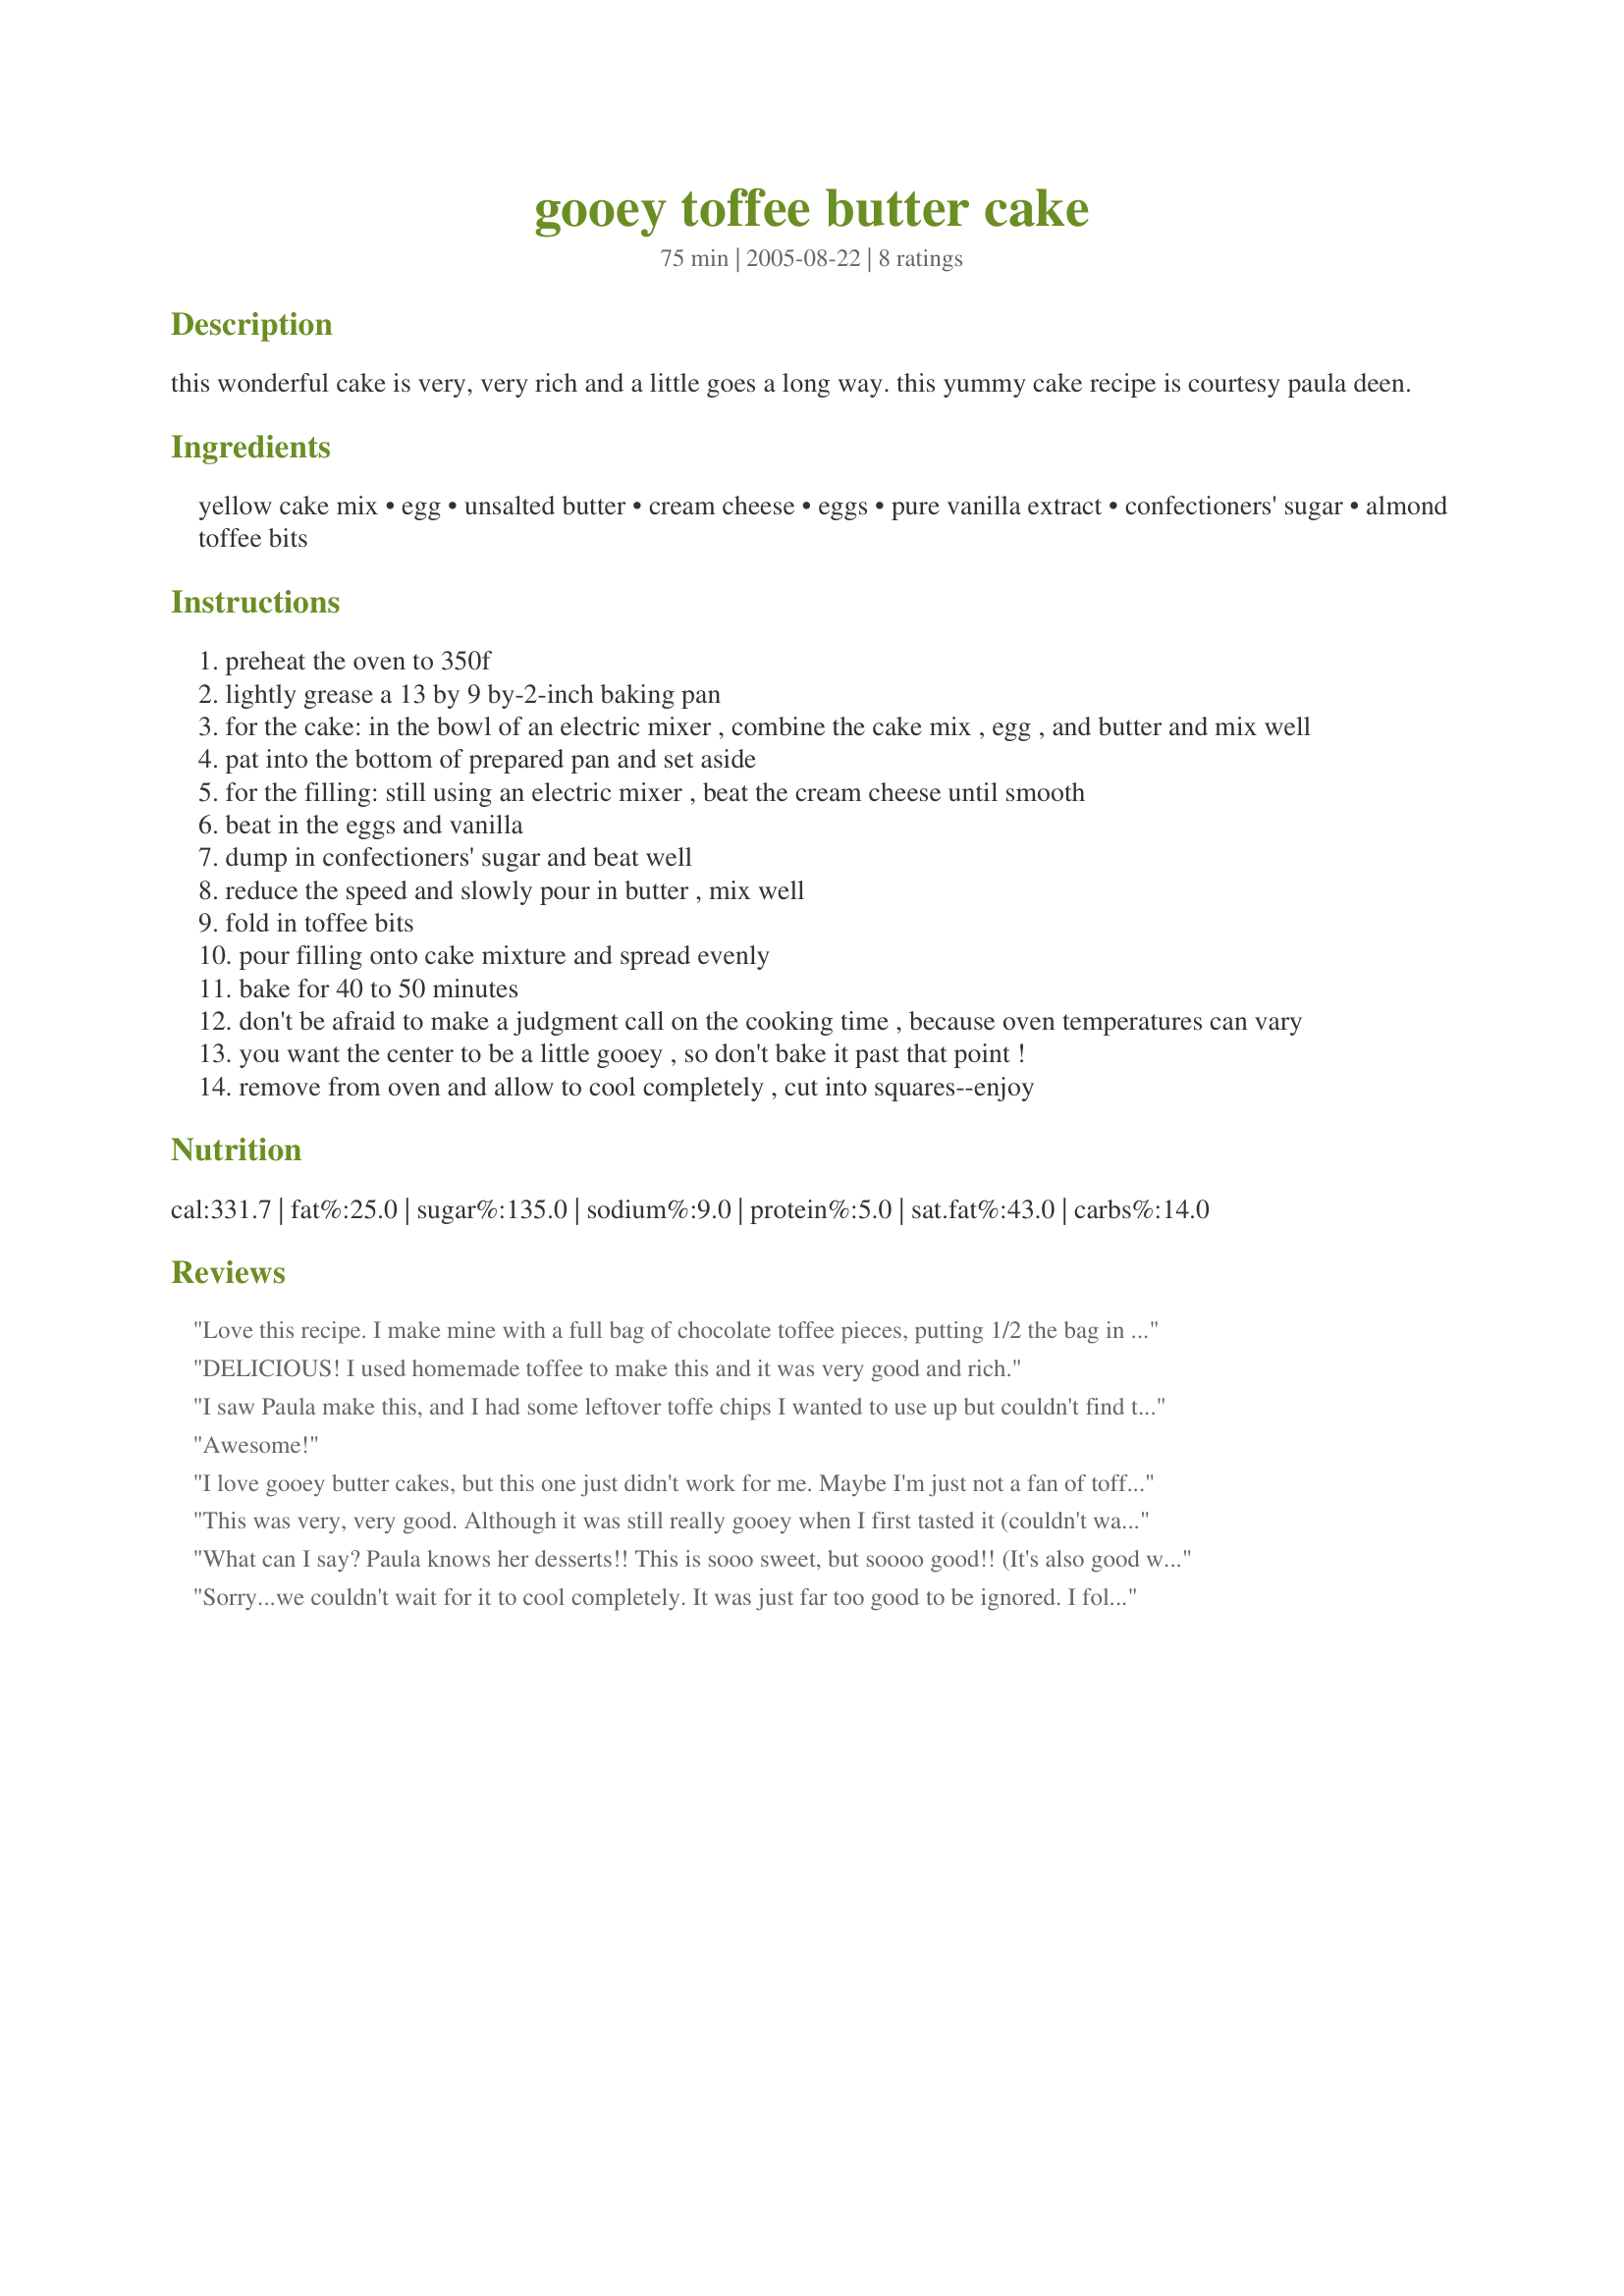
gooey toffee butter cake
Preparation time: 75 minutes

this wonderful cake is very, very rich and a little goes a long way. this yummy cake recipe is courtesy paula deen.

Ingredients:
yellow cake mix, egg, unsalted butter, cream cheese, eggs, pure vanilla extract, confectioners' sugar, almond toffee bits

Steps:
preheat the oven to 350f
lightly grease a 13 by 9 by-2-inch baking pan
for the cake: in the bowl of an electric mixer , combine the cake mix , egg , and butter and mix well
pat into the bottom of prepared pan and set aside
for the filling: still using an electric mixer , beat the cream cheese until smooth
beat in the eggs and vanilla
dump in confectioners' sugar and beat well
reduce the speed and slowly pour in butter , mix well
fold in toffee bits
pour filling onto cake mixture and spread evenly
bake for 40 to 50 minutes
don't be afraid to make a judgment call on the cooking time , because oven temperatures can vary
you want the center to be a little gooey , so don't bake it past that point !
remove from oven and allow to cool completely , cut into squares--enjoy

Reviews:
Love this recipe. I make mine with a full bag of chocolate toffee pieces, putting 1/2 the bag in the filling &amp; topping it with the other half.
DELICIOUS! I used homemade toffee to make this and it was very good and rich.
I saw Paula make this, and I had some leftover toffe chips I wanted to use up but couldn't find the recipe on the Food Network website. I'm glad you posted it! It turned out really yummy and, well, gooey!
Awesome!
I love gooey butter cakes, but this one just didn't work for me. Maybe I'm just not a fan of toffee, but I won't be making this again.
This was very, very good. Although it was still really gooey when I first tasted it (couldn't wait for it to cool - it smelled so yummy), I put it in the fridge overnight and it slices really nicely. I might try reducing the sugar/increasing the cream cheese a bit next time as it is ultra-sweet.
What can I say? Paula knows her desserts!! This is sooo sweet, but soooo good!! (It's also good warm with vanilla ice cream and caramel syrup!)
Sorry...we couldn't wait for it to cool completely. It was just far too good to be ignored. I followed everything perfectly except I used the whole bag of toffee pieces. Wonderful-Thanks!
